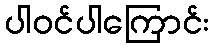
ပါဝင်ပါကြောင်း